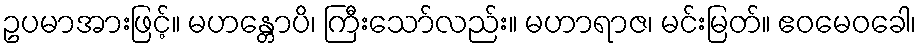
ဥပမာအားဖြင့်။ မဟန္တောပိ၊ ကြီးသော်လည်း။ မဟာရာဇ၊ မင်းမြတ်။ ဧဝမေဝခေါ၊